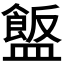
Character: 𪾗